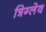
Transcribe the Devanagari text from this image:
त्रिग्लेव